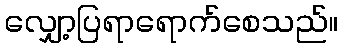
လျှော့ပြရာရောက်စေသည်။